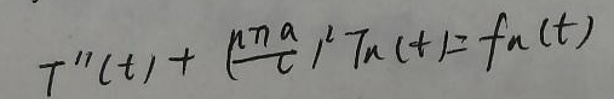
$T''(t)+\left(\frac{n\pi a}{c}\right)^2T_n(t)=f_n(t)$